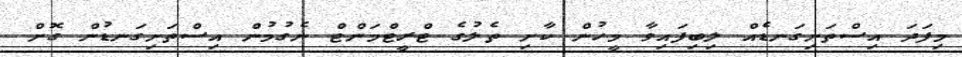
މިފަދަ އިސްތަށިގަނޑެއް ލިބިފައިވާ މީހުން ކާށި ތެލުގެ ޓްރީޓްމަންޓް ނެގުމުން އިސްތަށިގަނޑުން ގޮށް